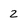
Character: 2